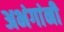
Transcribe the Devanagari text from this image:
अभंगांनी